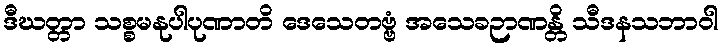
ဒီဃတ္တာ သစ္စမနုပါပုဏာတိ ဒေသေတဗ္ဗံ အသေခဉာဏန္တိ သီဒနသဘာဝါ